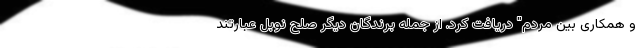
و همکاری بین مردم" دریافت کرد. از جمله برندگان دیگر صلح نوبل عبارتند